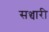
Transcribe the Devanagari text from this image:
सञ्चारी